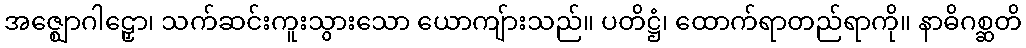
အဇ္ဈောဂါဠှော၊ သက်ဆင်းကူးသွားသော ယောကျ်ားသည်။ ပတိဋ္ဌံ၊ ထောက်ရာတည်ရာကို။ နာဓိဂစ္ဆတိ